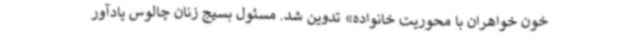
خون خواهران با محوریت خانواده» تدوین شد. مسئول بسیج زنان چالوس یادآور